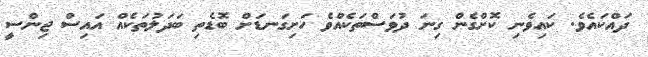
ދައްކައެވެ. ކައިވެނި ކޮށްގެން ގިނަ ދުވަސްތަކެއްވެ ހަށިގަނޑަށް ބޮޑެތި ބަދަލުތަކެއް އައިސް ޖިންސީ